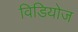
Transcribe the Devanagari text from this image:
विडियोज